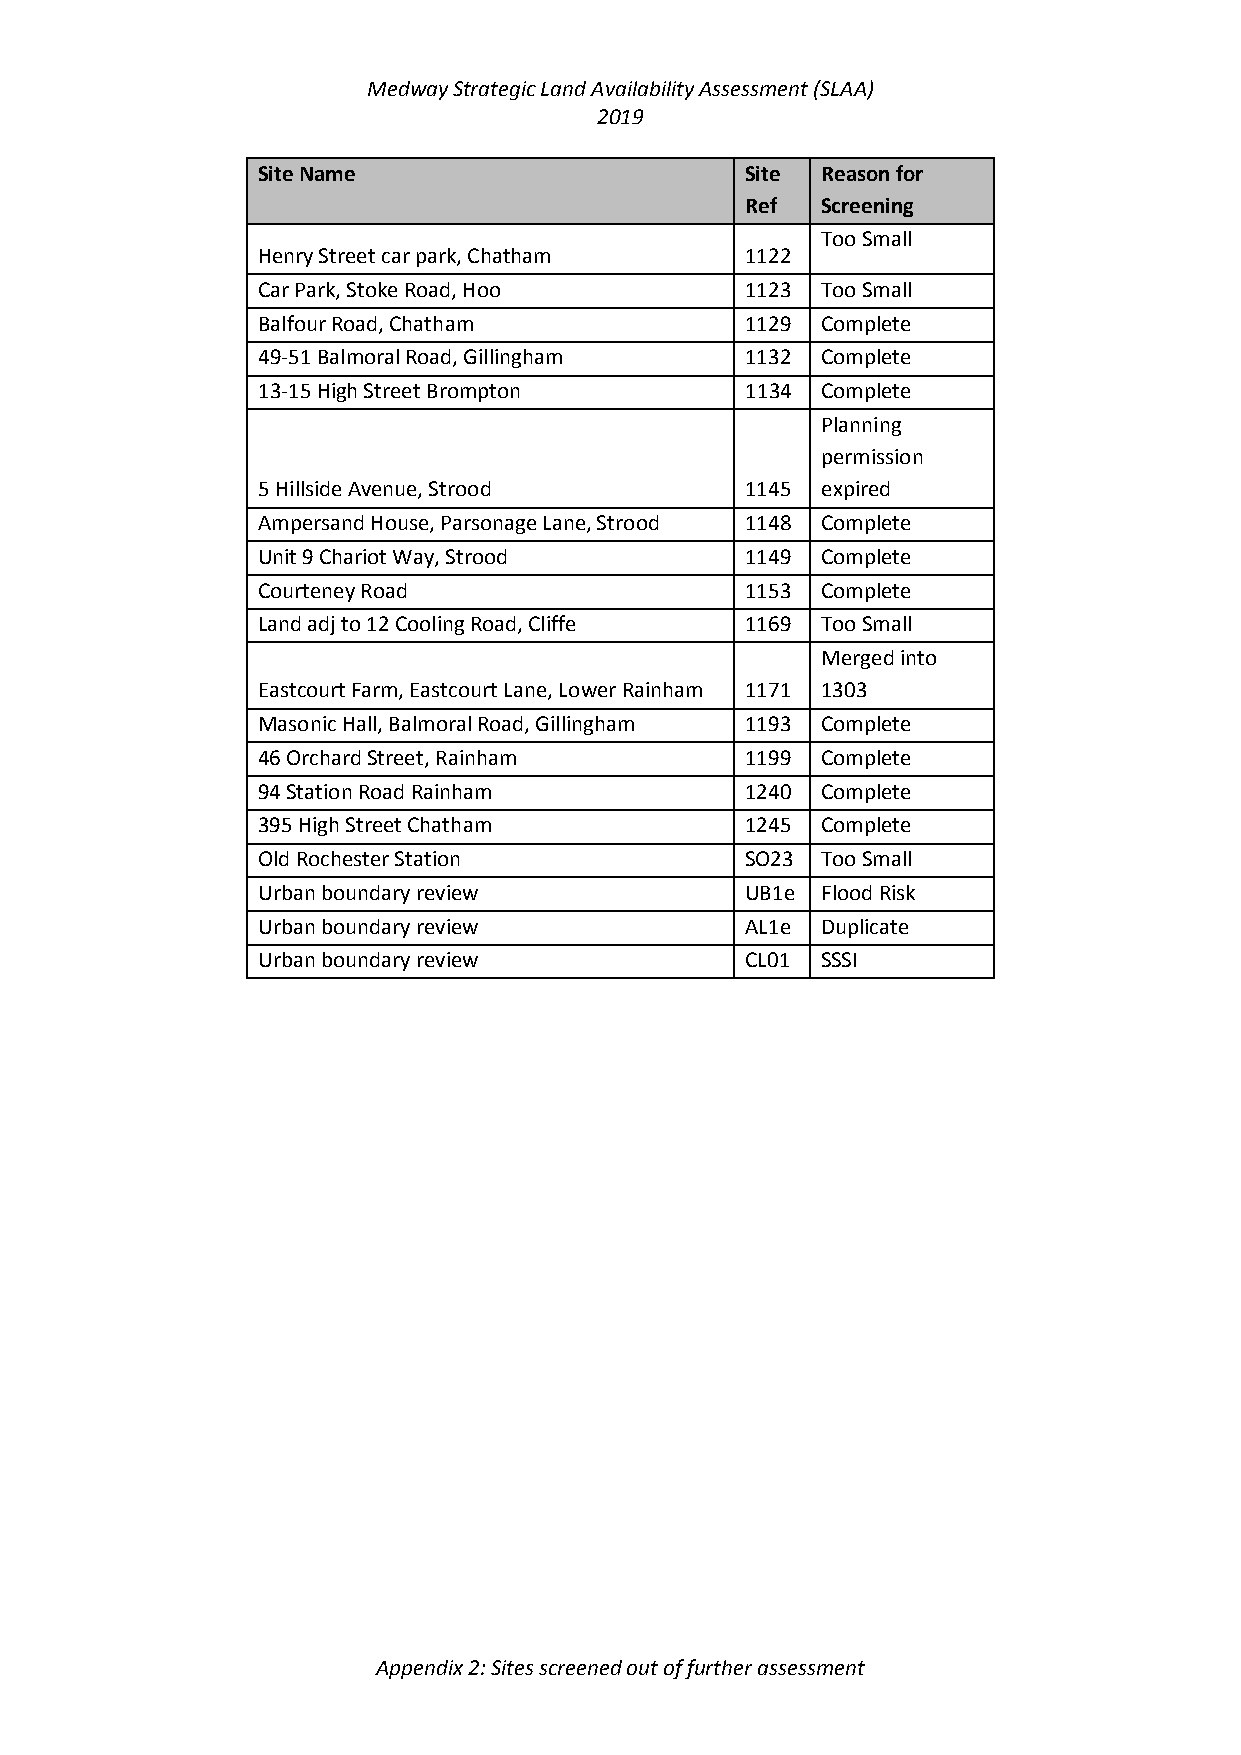
Medway Strategic Land Availability Assessment (SLAA)
 2019
 Site Name                       Site Reason for
 Ref  Screening
 Too Small
 Henry Street car park, Chatham  1122
 Car Park, Stoke Road, Hoo       1123 Too Small
 Balfour Road, Chatham           1129 Complete
 49-51 Balmoral Road, Gillingham 1132 Complete
 13-15 High Street Brompton      1134 Complete
 Planning
 permission
 5 Hillside Avenue, Strood       1145 expired
 Ampersand House, Parsonage Lane, Strood 1148 Complete
 Unit 9 Chariot Way, Strood      1149 Complete
 Courteney Road                  1153 Complete
 Land adj to 12 Cooling Road, Cliffe 1169 Too Small
 Merged into
 Eastcourt Farm, Eastcourt Lane, Lower Rainham 1171 1303
 Masonic Hall, Balmoral Road, Gillingham 1193 Complete
 46 Orchard Street, Rainham      1199 Complete
 94 Station Road Rainham         1240 Complete
 395 High Street Chatham         1245 Complete
 Old Rochester Station           SO23 Too Small
 Urban boundary review           UB1e Flood Risk
 Urban boundary review           AL1e Duplicate
 Urban boundary review           CL01 SSSI
 Appendix 2: Sites screened out of further assessment